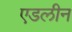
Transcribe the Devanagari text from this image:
एडलीन